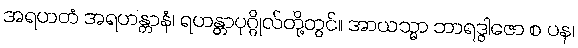
အရဟတံ အရဟန္တာနံ၊ ရဟန္တာပုဂ္ဂိုလ်တို့တွင်။ အာယသ္မာ ဘာရဒွါဇော စ ပန၊